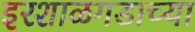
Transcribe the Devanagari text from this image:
इरशाळगडाच्या